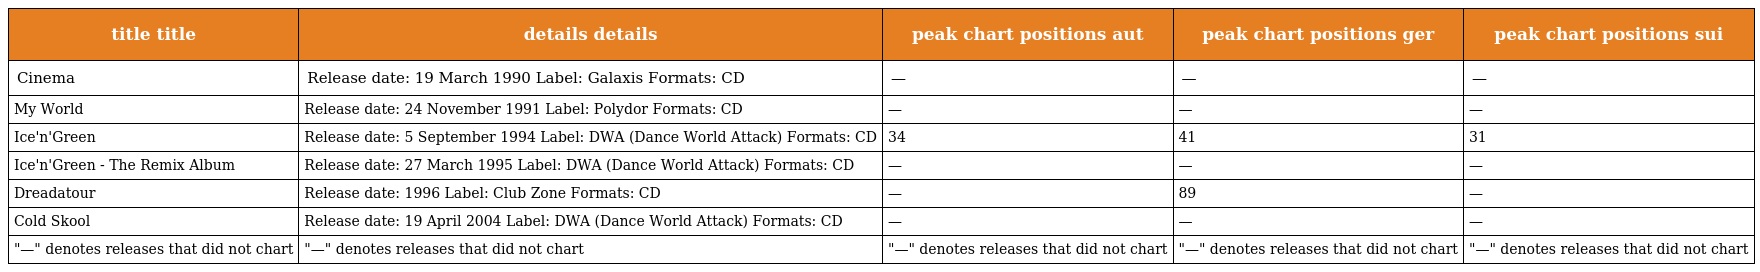
| title title | details details | peak chart positions aut | peak chart positions ger | peak chart positions sui |
 | --- | --- | --- | --- | --- |
 | Cinema | Release date: 19 March 1990 Label: Galaxis Formats: CD | — | — | — |
 | My World | Release date: 24 November 1991 Label: Polydor Formats: CD | — | — | — |
 | Ice'n'Green | Release date: 5 September 1994 Label: DWA (Dance World Attack) Formats: CD | 34 | 41 | 31 |
 | Ice'n'Green - The Remix Album | Release date: 27 March 1995 Label: DWA (Dance World Attack) Formats: CD | — | — | — |
 | Dreadatour | Release date: 1996 Label: Club Zone Formats: CD | — | 89 | — |
 | Cold Skool | Release date: 19 April 2004 Label: DWA (Dance World Attack) Formats: CD | — | — | — |
 | "—" denotes releases that did not chart | "—" denotes releases that did not chart | "—" denotes releases that did not chart | "—" denotes releases that did not chart | "—" denotes releases that did not chart |